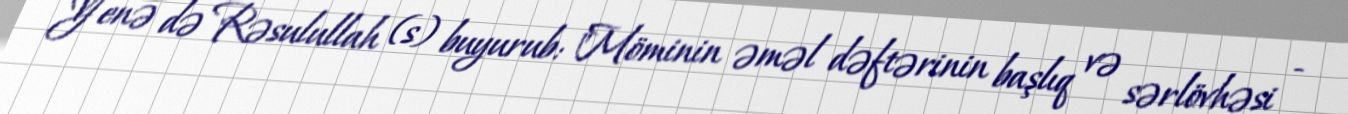
Yenə də Rəsulullah (s) buyurub: "Möminin əməl dəftərinin başlıq və sərlövhəsi -